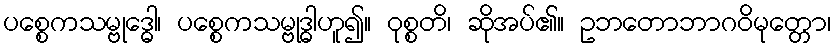
ပစ္စေကသမ္ဗုဒ္ဓေါ၊ ပစ္စေကသမ္ဗုဒ္ဓါဟူ၍။ ဝုစ္စတိ၊ ဆိုအပ်၏။ ဥဘတောဘာဂဝိမုတ္တော၊